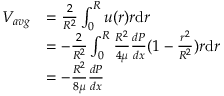
{ \begin{array} { r l } { V _ { a v g } } & { = { \frac { 2 } { R ^ { 2 } } } \int _ { 0 } ^ { R } u ( r ) r \mathrm { d } r } \\ & { = - { \frac { 2 } { R ^ { 2 } } } \int _ { 0 } ^ { R } { \frac { R ^ { 2 } } { 4 \mu } } { \frac { d P } { d x } } ( 1 - { \frac { r ^ { 2 } } { R ^ { 2 } } } ) r \mathrm { d } r } \\ & { = - { \frac { R ^ { 2 } } { 8 \mu } } { \frac { d P } { d x } } } \end{array} }